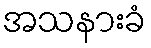
အသနားခံ